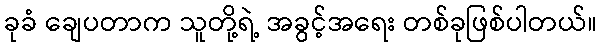
ခုခံ ချေပတာက သူတို့ရဲ့ အခွင့်အရေး တစ်ခုဖြစ်ပါတယ်။